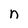
Character: n